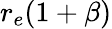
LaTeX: r_{e}(1+\beta)